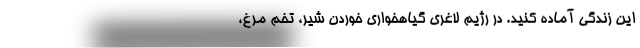
این زندگی آماده کنید. در رژیم لاغری گیاهخواری خوردن شیر، تخم مرغ،